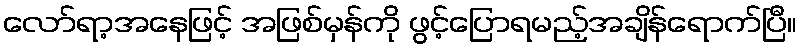
လော်ရာ့အနေဖြင့် အဖြစ်မှန်ကို ဖွင့်ပြောရမည့်အချိန်ရောက်ပြီ။